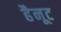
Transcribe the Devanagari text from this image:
हैनूट